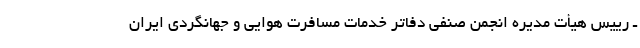
ـ رییس هیأت مدیره انجمن صنفی دفاتر خدمات مسافرت هوایی و جهانگردی ایران